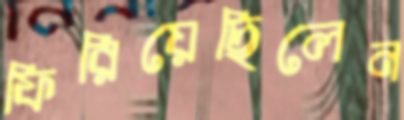
ফিরিয়েছিলেন